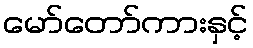
မော်တော်ကားနှင့်